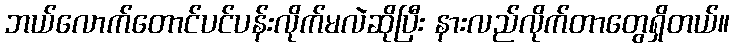
ဘယ်လောက်တောင်ပင်ပန်းလိုက်မလဲဆိုပြီး နားလည်လိုက်တာတွေရှိတယ်။